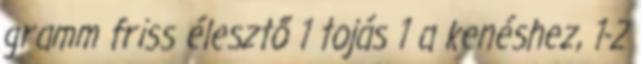
gramm friss élesztő 1 tojás 1 a kenéshez, 1-2